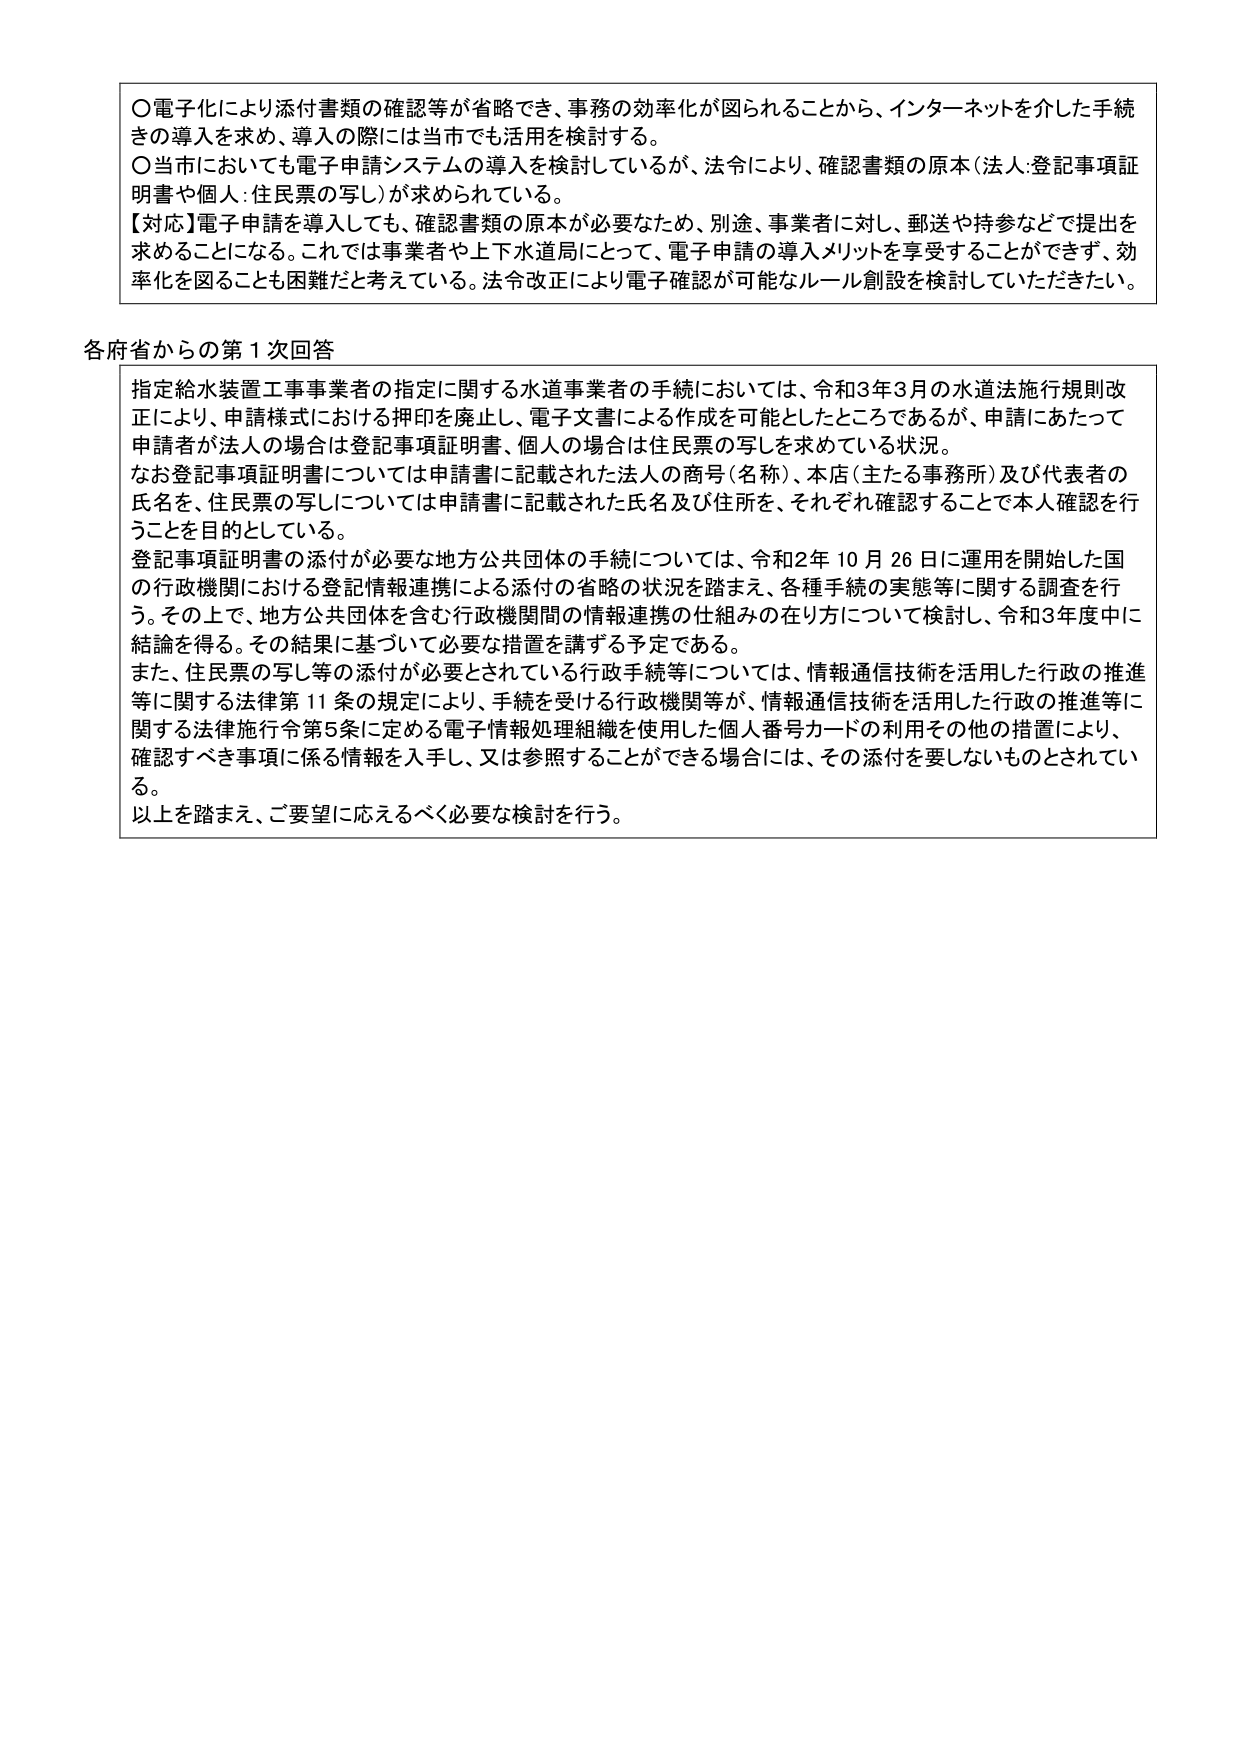
○電子化により添付書類の確認等が省略でき、事務の効率化が図られることから、インターネットを介した手続きの導入を求め、導入の際には当市でも活用を検討する。
○当市においても電子申請システムの導入を検討しているが、法令により、確認書類の原本（法人：登記事項証明書や個人：住民票の写し）が求められている。
【対応】電子申請を導入しても、確認書類の原本が必要なため、別途、事業者に対し、郵送や持参などで提出を求めることになる。これでは事業者や上下水道局にとって、電子申請の導入メリットを享受することができず、効率化を図ることも困難だと考えている。法令改正により電子確認が可能なルール創設を検討していただきたい。

各府省からの第１次回答
指定給水装置工事事業者の指定に関する水道事業者の手続においては、令和3年3月の水道法施行規則改正により、申請様式における押印を廃止し、電子文書による作成を可能としたところであるが、申請にあたって申請者が法人の場合は登記事項証明書、個人の場合は住民票の写しを求めている状況。
なお登記事項証明書については申請書に記載された法人の商号（名称）、本店（主たる事務所）及び代表者の氏名を、住民票の写しについては申請書に記載された氏名及び住所を、それぞれ確認することで本人確認を行うことを目的としている。
登記事項証明書の添付が必要な地方公共団体の手続については、令和2年10月26日に運用を開始した国の行政機関における登記情報連携による添付の省略の状況を踏まえ、各種手続の実態等に関する調査を行う。その上で、地方公共団体を含む行政機関間の情報連携の仕組みの在り方について検討し、令和3年度中に結論を得る。その結果に基づいて必要な措置を講ずる予定である。
また、住民票の写し等の添付が必要とされている行政手続等については、情報通信技術を活用した行政の推進等に関する法律第11条の規定により、手続を受ける行政機関等が、情報通信技術を活用した行政の推進等に関する法律施行令第5条に定める電子情報処理組織を使用した個人番号カードの利用その他の措置により、確認すべき事項に係る情報を入手し、又は参照することができる場合には、その添付を要しないものとされている。
以上を踏まえ、ご要望に応えるべく必要な検討を行う。